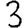
Digit: 3